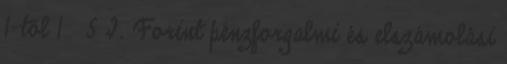
1-től 1 5 I. Forint pénzforgalmi és elszámolási